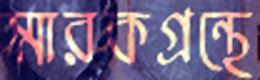
স্মারকগ্রন্থে